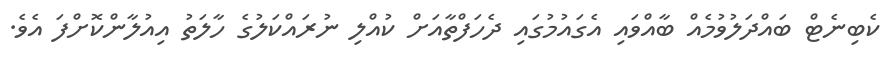
ކެބިނެޓް ބައްދަލުވުމެއް ބާއްވައި އެގައުމުގައި ދެހަފްތާއަށް ކުއްލި ނުރައްކަލުގެ ހާލަތު އިއުލާންކޮށްފަ އެވެ.